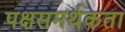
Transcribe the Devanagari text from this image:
पक्षसमर्थकता